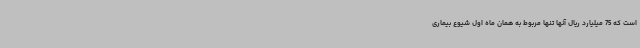
است که 75 میلیارد ریال آنها تنها مربوط به همان ماه اول شیوع بیماری